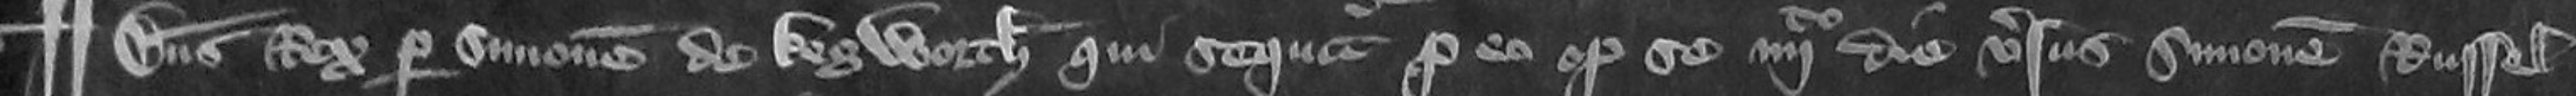
¶ Dominus Rex per Simonem de Kegworth qui squitur pro eo optulit se quarto die versus Simonem Russel